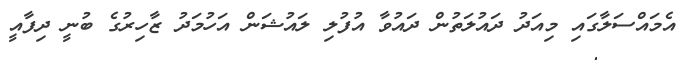
އެމައްސަލާގައި މިއަދު ދައުލަތުން ދައުވާ އުފުލި ލައުޝަން އަހުމަދު ޒާހިރުގެ ބުނީ ދިފާއީ